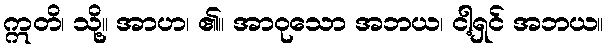
ဣတိ၊ သို့။ အာဟ၊ ၏။ အာဝုသော အဘယ၊ ငါ့ရှင် အဘယ။